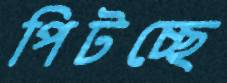
পিটচ্ছে